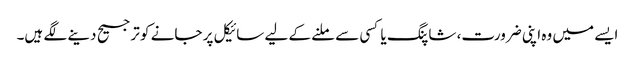
ایسے میں وہ اپنی ضرورت، شاپنگ یا کسی سے ملنے کے لیے سائیکل پر جانے کو ترجیح دینے لگے ہیں۔